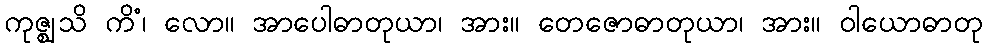
ကုဇ္ဈသိ ကိံ၊ လော။ အာပေါဓာတုယာ၊ အား။ တေဇောဓာတုယာ၊ အား။ ဝါယောဓာတု